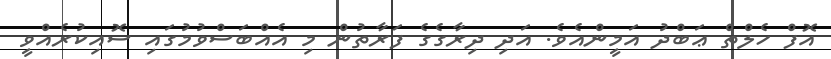
އޮފް ހެލްތް ޢަބްދު އަމީންއެވެ. އަދި ދިރާގެގެ ފަރާތުން މި އެއްބަސްވުމުގައި ސޮއިކުރެއްވީ